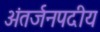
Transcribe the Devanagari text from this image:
अंतर्जनपदीय